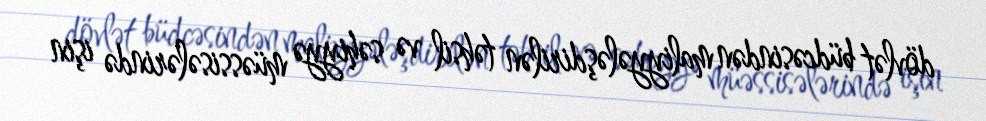
dövlət büdcəsindən maliyyələşdirilən təhsil və səhiyyə müəssisələrində işin